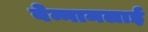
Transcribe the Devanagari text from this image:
वेन्नामलाई